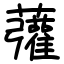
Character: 虇